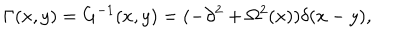
\Gamma ( x , y ) = G ^ { - 1 } ( x , y ) = ( - \partial ^ { 2 } + \Omega ^ { 2 } ( x ) ) \delta ( x - y ) ,